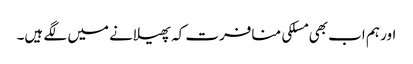
اور ہم اب بھی مسلکی منافرت کہ پھیلانے میں لگے ہیں۔